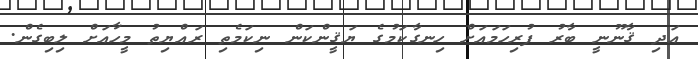
އަދި ޤާނޫނީ ބާރު ފުރިހަމައަށް ހިނގާކަމުގެ ޔަޤީންކަން ނިކަމެތި ރައްޔިތު މީހާއަށް ލިބިގެން.